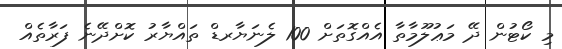
މި ކޯޓުން ދޭ މަޢުލޫމާތާ އެއްގޮތަށް 100 ލެނަޔާރޑް ތައްޔާރު ކޮށްދޭނެ ފަރާތެއް